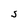
Character: S